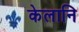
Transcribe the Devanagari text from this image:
केलानि